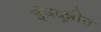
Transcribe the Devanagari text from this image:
ईषदुन्नीत